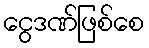
ငွေဒဏ်ဖြစ်စေ